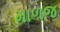
માળજ